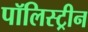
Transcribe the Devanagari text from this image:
पॉलिस्ट्रीन